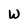
Character: W